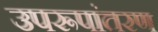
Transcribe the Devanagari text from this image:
उपरूपांतरण